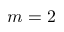
m = 2